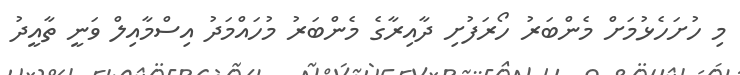
މި ހުށަހެޅުމަށް މެންބަރު ހޯރަފުށި ދާއިރާގެ މެންބަރު މުހައްމަދު އިސްމާއިލް ވަނީ ތާއީދު